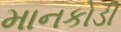
માનકોડી